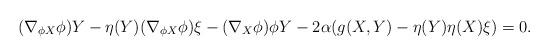
LaTeX: \begin{align*}(\nabla _{\phi X}\phi )Y-\eta (Y)(\nabla _{\phi X}\phi )\xi -(\nabla_{X}\phi )\phi Y-2\alpha (g(X,Y)-\eta (Y)\eta (X)\xi )=0. \end{align*}